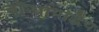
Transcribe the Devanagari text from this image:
बॉन्धोपाद्धैय